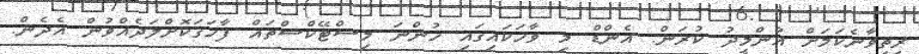
ރީތިވާނެކަމަށް އުންމީދު ކުރަން. އެންޑް މި ވާހަކައިގައި ހުންނަ މިސްޓޭކްސްތައް ފާހަގަކޮށްލަދެއްވުން އެދެން.